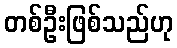
တစ်ဦးဖြစ်သည်ဟု